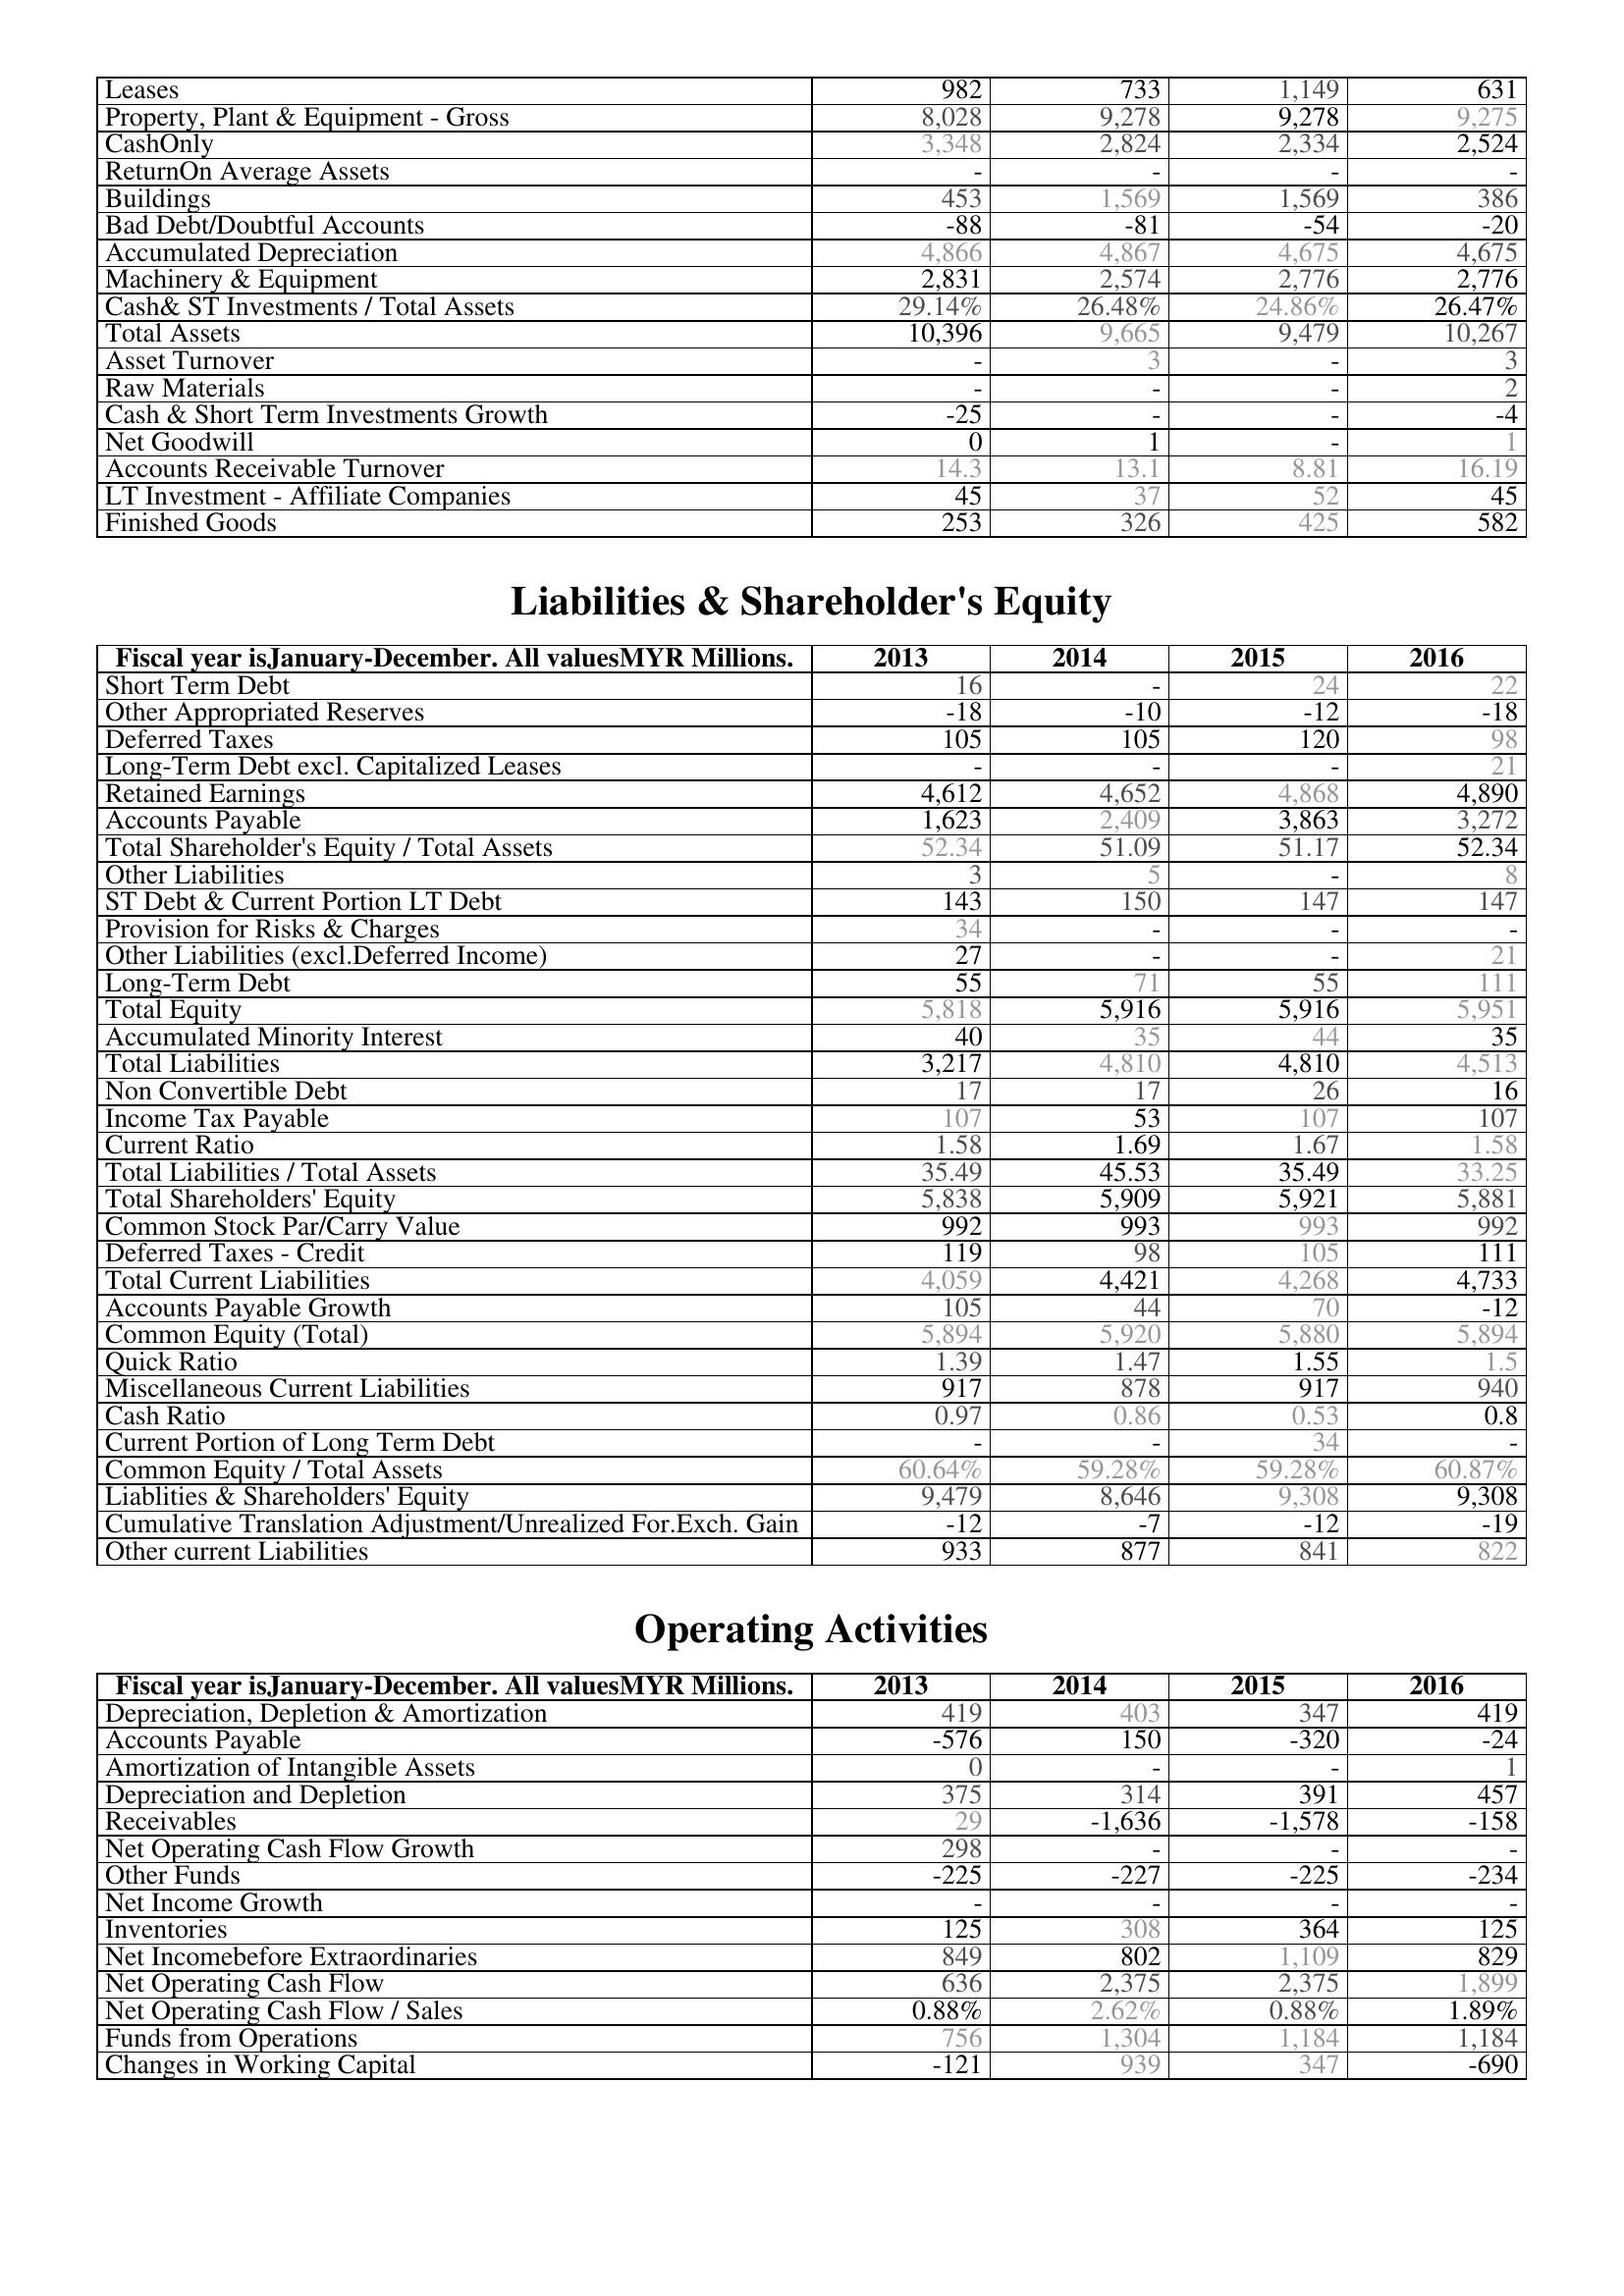
2013: Assets: Leases: 982
Property, Plant & Equipment - Gross : 8,028
CashOnly: 3,348
ReturnOn Average Assets: -
Buildings: 453
Bad Debt/Doubtful Accounts: -88
Accumulated Depreciation: 4,866
Machinery & Equipment: 2,831
Cash& ST Investments / Total Assets: 29.14%
Total Assets: 10,396
Asset Turnover: -
Raw Materials: -
Cash & Short Term Investments Growth: -25
Net Goodwill: 0
Accounts Receivable Turnover: 14.3
LT Investment - Affiliate Companies: 45
Finished Goods: 253
Liabilities & Shareholder's Equity: Short Term Debt: 16
Other Appropriated Reserves: -18
Deferred Taxes: 105
Long-Term Debt excl. Capitalized Leases: -
Retained Earnings: 4,612
Accounts Payable: 1,623
Total Shareholder's Equity / Total Assets: 52.34
Other Liabilities: 3
ST Debt & Current Portion LT Debt: 143
Provision for Risks & Charges: 34
Other Liabilities (excl.Deferred Income): 27
Long-Term Debt: 55
Total Equity: 5,818
Accumulated Minority Interest: 40
Total Liabilities: 3,217
Non Convertible Debt: 17
Income Tax Payable: 107
Current Ratio: 1.58
Total Liabilities / Total Assets: 35.49
Total Shareholders' Equity: 5,838
Common Stock Par/Carry Value: 992
Deferred Taxes - Credit: 119
Total Current Liabilities: 4,059
Accounts Payable Growth: 105
Common Equity (Total): 5,894
Quick Ratio: 1.39
Miscellaneous Current Liabilities: 917
Cash Ratio: 0.97
Current Portion of Long Term Debt: -
Common Equity / Total Assets: 60.64%
Liablities & Shareholders' Equity: 9,479
Cumulative Translation Adjustment/Unrealized For.Exch. Gain: -12
Other current Liabilities: 933
Operating Activities: Depreciation, Depletion & Amortization: 419
Accounts Payable: -576
Amortization of Intangible Assets: 0
Depreciation and Depletion: 375
Receivables: 29
Net Operating Cash Flow Growth: 298
Other Funds: -225
Net Income Growth: -
Inventories: 125
Net Incomebefore Extraordinaries: 849
Net Operating Cash Flow: 636
Net Operating Cash Flow / Sales: 0.88%
Funds from Operations: 756
Changes in Working Capital: -121
2014: Assets: Leases: 733
Property, Plant & Equipment - Gross : 9,278
CashOnly: 2,824
ReturnOn Average Assets: -
Buildings: 1,569
Bad Debt/Doubtful Accounts: -81
Accumulated Depreciation: 4,867
Machinery & Equipment: 2,574
Cash& ST Investments / Total Assets: 26.48%
Total Assets: 9,665
Asset Turnover: 3
Raw Materials: -
Cash & Short Term Investments Growth: -
Net Goodwill: 1
Accounts Receivable Turnover: 13.1
LT Investment - Affiliate Companies: 37
Finished Goods: 326
Liabilities & Shareholder's Equity: Short Term Debt: -
Other Appropriated Reserves: -10
Deferred Taxes: 105
Long-Term Debt excl. Capitalized Leases: -
Retained Earnings: 4,652
Accounts Payable: 2,409
Total Shareholder's Equity / Total Assets: 51.09
Other Liabilities: 5
ST Debt & Current Portion LT Debt: 150
Provision for Risks & Charges: -
Other Liabilities (excl.Deferred Income): -
Long-Term Debt: 71
Total Equity: 5,916
Accumulated Minority Interest: 35
Total Liabilities: 4,810
Non Convertible Debt: 17
Income Tax Payable: 53
Current Ratio: 1.69
Total Liabilities / Total Assets: 45.53
Total Shareholders' Equity: 5,909
Common Stock Par/Carry Value: 993
Deferred Taxes - Credit: 98
Total Current Liabilities: 4,421
Accounts Payable Growth: 44
Common Equity (Total): 5,920
Quick Ratio: 1.47
Miscellaneous Current Liabilities: 878
Cash Ratio: 0.86
Current Portion of Long Term Debt: -
Common Equity / Total Assets: 59.28%
Liablities & Shareholders' Equity: 8,646
Cumulative Translation Adjustment/Unrealized For.Exch. Gain: -7
Other current Liabilities: 877
Operating Activities: Depreciation, Depletion & Amortization: 403
Accounts Payable: 150
Amortization of Intangible Assets: -
Depreciation and Depletion: 314
Receivables: -1,636
Net Operating Cash Flow Growth: -
Other Funds: -227
Net Income Growth: -
Inventories: 308
Net Incomebefore Extraordinaries: 802
Net Operating Cash Flow: 2,375
Net Operating Cash Flow / Sales: 2.62%
Funds from Operations: 1,304
Changes in Working Capital: 939
2015: Assets: Leases: 1,149
Property, Plant & Equipment - Gross : 9,278
CashOnly: 2,334
ReturnOn Average Assets: -
Buildings: 1,569
Bad Debt/Doubtful Accounts: -54
Accumulated Depreciation: 4,675
Machinery & Equipment: 2,776
Cash& ST Investments / Total Assets: 24.86%
Total Assets: 9,479
Asset Turnover: -
Raw Materials: -
Cash & Short Term Investments Growth: -
Net Goodwill: -
Accounts Receivable Turnover: 8.81
LT Investment - Affiliate Companies: 52
Finished Goods: 425
Liabilities & Shareholder's Equity: Short Term Debt: 24
Other Appropriated Reserves: -12
Deferred Taxes: 120
Long-Term Debt excl. Capitalized Leases: -
Retained Earnings: 4,868
Accounts Payable: 3,863
Total Shareholder's Equity / Total Assets: 51.17
Other Liabilities: -
ST Debt & Current Portion LT Debt: 147
Provision for Risks & Charges: -
Other Liabilities (excl.Deferred Income): -
Long-Term Debt: 55
Total Equity: 5,916
Accumulated Minority Interest: 44
Total Liabilities: 4,810
Non Convertible Debt: 26
Income Tax Payable: 107
Current Ratio: 1.67
Total Liabilities / Total Assets: 35.49
Total Shareholders' Equity: 5,921
Common Stock Par/Carry Value: 993
Deferred Taxes - Credit: 105
Total Current Liabilities: 4,268
Accounts Payable Growth: 70
Common Equity (Total): 5,880
Quick Ratio: 1.55
Miscellaneous Current Liabilities: 917
Cash Ratio: 0.53
Current Portion of Long Term Debt: 34
Common Equity / Total Assets: 59.28%
Liablities & Shareholders' Equity: 9,308
Cumulative Translation Adjustment/Unrealized For.Exch. Gain: -12
Other current Liabilities: 841
Operating Activities: Depreciation, Depletion & Amortization: 347
Accounts Payable: -320
Amortization of Intangible Assets: -
Depreciation and Depletion: 391
Receivables: -1,578
Net Operating Cash Flow Growth: -
Other Funds: -225
Net Income Growth: -
Inventories: 364
Net Incomebefore Extraordinaries: 1,109
Net Operating Cash Flow: 2,375
Net Operating Cash Flow / Sales: 0.88%
Funds from Operations: 1,184
Changes in Working Capital: 347
2016: Assets: Leases: 631
Property, Plant & Equipment - Gross : 9,275
CashOnly: 2,524
ReturnOn Average Assets: -
Buildings: 386
Bad Debt/Doubtful Accounts: -20
Accumulated Depreciation: 4,675
Machinery & Equipment: 2,776
Cash& ST Investments / Total Assets: 26.47%
Total Assets: 10,267
Asset Turnover: 3
Raw Materials: 2
Cash & Short Term Investments Growth: -4
Net Goodwill: 1
Accounts Receivable Turnover: 16.19
LT Investment - Affiliate Companies: 45
Finished Goods: 582
Liabilities & Shareholder's Equity: Short Term Debt: 22
Other Appropriated Reserves: -18
Deferred Taxes: 98
Long-Term Debt excl. Capitalized Leases: 21
Retained Earnings: 4,890
Accounts Payable: 3,272
Total Shareholder's Equity / Total Assets: 52.34
Other Liabilities: 8
ST Debt & Current Portion LT Debt: 147
Provision for Risks & Charges: -
Other Liabilities (excl.Deferred Income): 21
Long-Term Debt: 111
Total Equity: 5,951
Accumulated Minority Interest: 35
Total Liabilities: 4,513
Non Convertible Debt: 16
Income Tax Payable: 107
Current Ratio: 1.58
Total Liabilities / Total Assets: 33.25
Total Shareholders' Equity: 5,881
Common Stock Par/Carry Value: 992
Deferred Taxes - Credit: 111
Total Current Liabilities: 4,733
Accounts Payable Growth: -12
Common Equity (Total): 5,894
Quick Ratio: 1.5
Miscellaneous Current Liabilities: 940
Cash Ratio: 0.8
Current Portion of Long Term Debt: -
Common Equity / Total Assets: 60.87%
Liablities & Shareholders' Equity: 9,308
Cumulative Translation Adjustment/Unrealized For.Exch. Gain: -19
Other current Liabilities: 822
Operating Activities: Depreciation, Depletion & Amortization: 419
Accounts Payable: -24
Amortization of Intangible Assets: 1
Depreciation and Depletion: 457
Receivables: -158
Net Operating Cash Flow Growth: -
Other Funds: -234
Net Income Growth: -
Inventories: 125
Net Incomebefore Extraordinaries: 829
Net Operating Cash Flow: 1,899
Net Operating Cash Flow / Sales: 1.89%
Funds from Operations: 1,184
Changes in Working Capital: -690